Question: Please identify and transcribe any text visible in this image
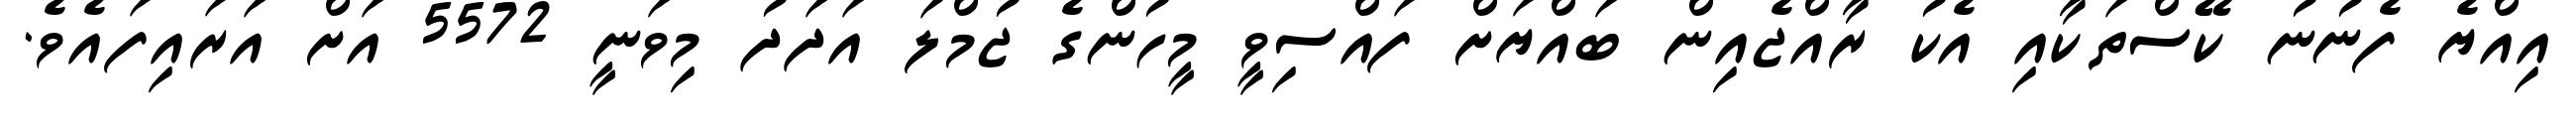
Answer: އިއްޔެ ފެނުނު ކޭސްތަކާއި އެކު ރާއްޖެއިން ބައްޔަށް ފައްސިވީ މީހުންގެ ޖުމްލަ އަދަދު މިވަނީ 5572 އަށް އަރައިފައެވެ.